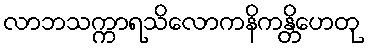
လာဘသက္ကာရသိလောကနိကန္တိဟေတု